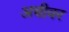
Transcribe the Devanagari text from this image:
अचीवर